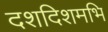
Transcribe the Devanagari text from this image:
दशदिशमभि